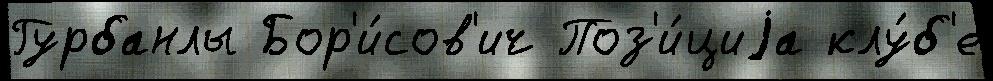
Гурбанлы Бор'и́сов'ич Поз'и́циjа клу́б'е